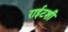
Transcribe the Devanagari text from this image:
राईटशी